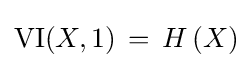
\mathrm {VI} (X,\mathrm {1} )\,=\,H\left(X\right)